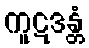
ကူဋဒန္တံ